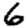
Digit: 6